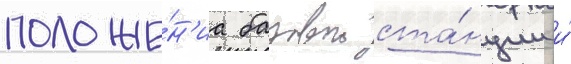
положе́н'иа базовои ста́нции и́